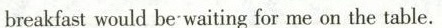
breakfast would be waiting for me on the table.